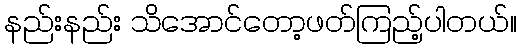
နည်းနည်း သိအောင်တော့ဖတ်ကြည့်ပါတယ်။